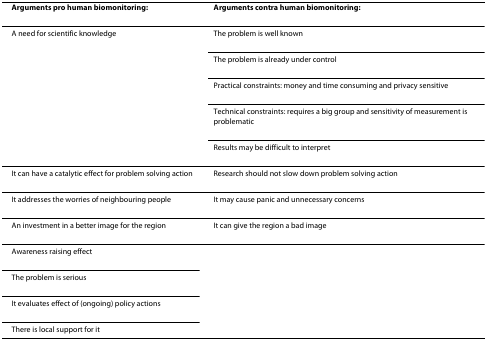
| Arguments pro human biomonitoring: | Arguments contra human biomonitoring: |
 | --- | --- |
 | A need for scientific knowledge | The problem is well known |
 |  | The problem is already under control |
 |  | Practical constraints: money and time consuming and privacy sensitive |
 |  | Technical constraints: requires a big group and sensitivity of measurement is problematic |
 |  | Results may be difficult to interpret |
 | It can have a catalytic effect for problem solving action | Research should not slow down problem solving action |
 | It addresses the worries of neighbouring people | It may cause panic and unnecessary concerns |
 | An investment in a better image for the region | It can give the region a bad image |
 | Awareness raising effect |  |
 | The problem is serious |  |
 | It evaluates effect of (ongoing) policy actions |  |
 | There is local support for it |  |